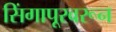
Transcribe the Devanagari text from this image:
सिंगापूरवरून